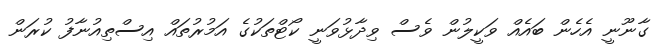
ގާނޫނީ އެހެން ބައެއް ވަކީލުން ވެސް ވިދާޅުވަނީ ކޯޓްތަކުގެ އަމުރުތައް އިސްތިއުނާފު ކުރަން